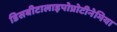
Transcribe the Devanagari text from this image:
डिसबीटालाइपोप्रोटीनेमिया